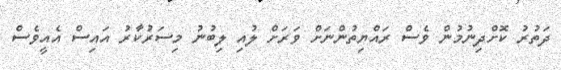
ދަތުރު ކޮށްދިނުމުން ވެސް ރައްޔިތުންނަށް ވަރަށް ލުއި ލިބުނު މިސަރުކާރު އައިސް އެއީވެސް